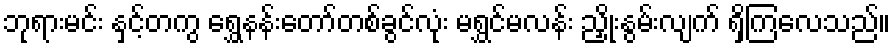
ဘုရားမင်း နှင့်တကွ ရွှေနန်းတော်တစ်ခွင်လုံး မရွှင်မလန်း ညှိုးနွမ်းလျက် ရှိကြလေသည်။